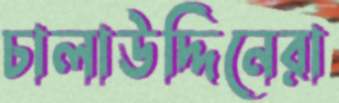
চালাউদ্দিনেরা